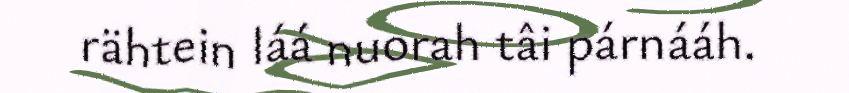
rähtein láá nuorah tâi párnááh.